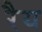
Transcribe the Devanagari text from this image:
रैय